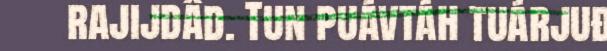
rajijdâd. Tun puávtáh tuárjuđ